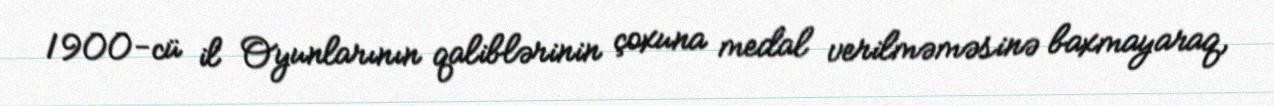
1900-cü il Oyunlarının qaliblərinin çoxuna medal verilməməsinə baxmayaraq,